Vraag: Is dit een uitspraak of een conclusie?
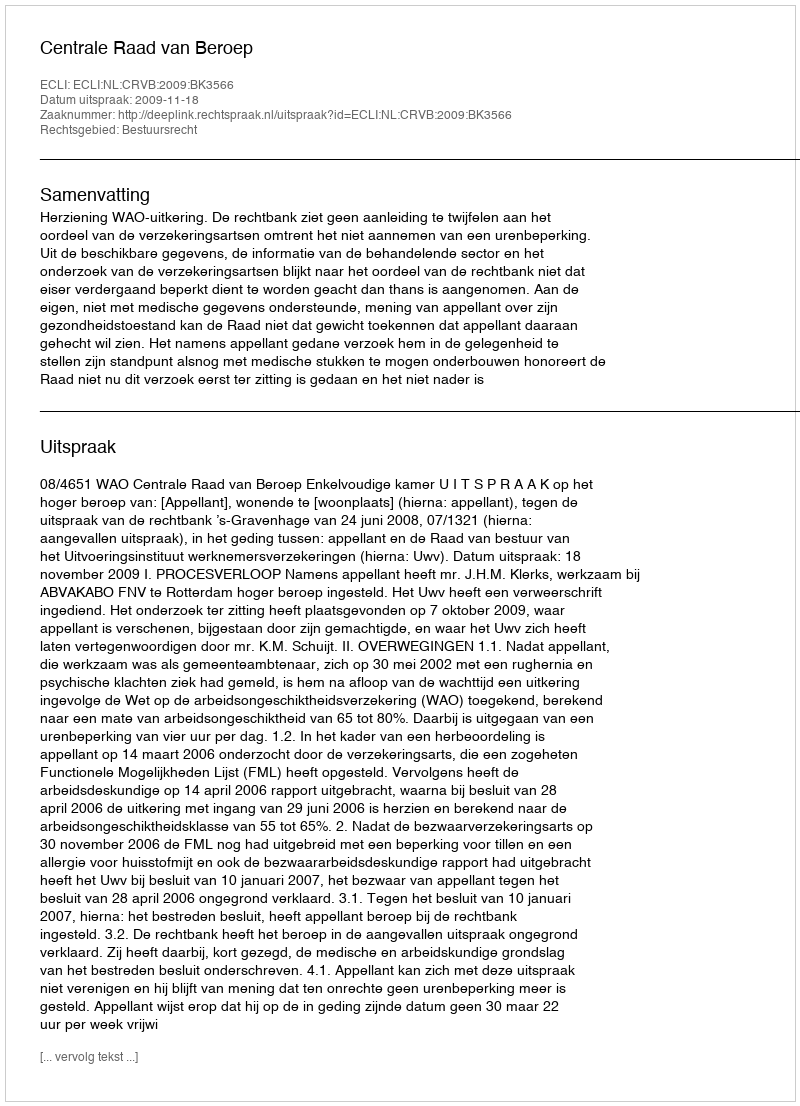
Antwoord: Uitspraak